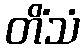
တိံသံ